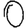
Digit: 0